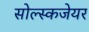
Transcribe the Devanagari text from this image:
सोल्स्कजेयर